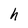
Character: h